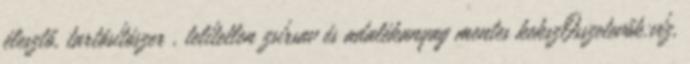
élesztő, tartósítószer , telítetlen zsírsav és adalékanyag mentes kekszÖsszetevők:víz,